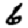
Digit: 6